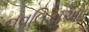
નવલિકાઓ